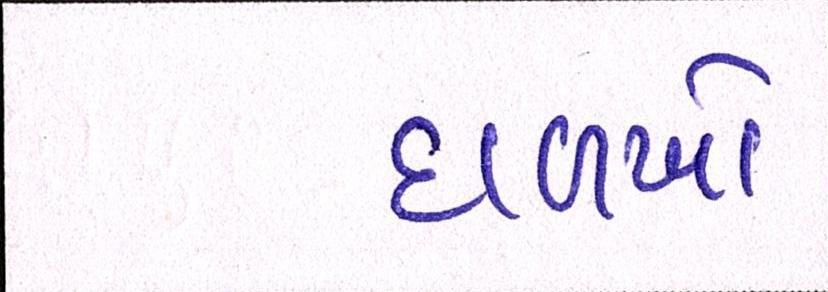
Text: દાળખો